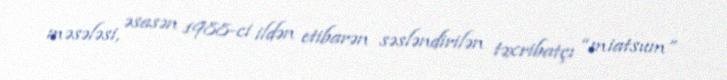
məsələsi, əsasən 1988-ci ildən etibarən səsləndirilən təxribatçı “miatsum”